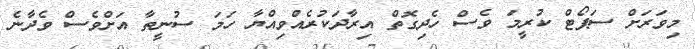
މިވަރަށް ސަޕޯޓް ކުރީމަ ވެސް ހެދިގޮތް އިރާދަކުރެއްވިއްޔާ ހަމަ ސުނީތާ އަށްވެސް ވެދާނެ